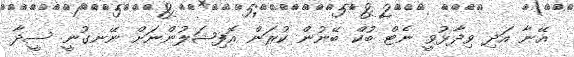
އޭނާ އަދި ވިދާޅުވީ ނެޓް ބުކް ބޭނުން ކުރަން އޮފިޝަލުންނަށް ނޭނގުނީ ސީދާ